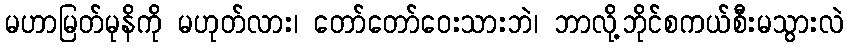
မဟာမြတ်မုနိကို မဟုတ်လား၊ တော်တော်ဝေးသားဘဲ၊ ဘာလို့ဘိုင်စကယ်စီးမသွားလဲ